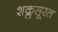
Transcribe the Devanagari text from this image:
शक्लसूरत